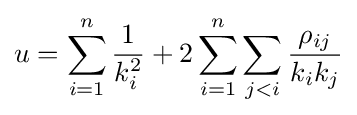
u=\sum _{i=1}^{n}{\frac {1}{k_{i}^{2}}}+2\sum _{i=1}^{n}\sum _{j<i}{\frac {\rho _{ij}}{k_{i}k_{j}}}